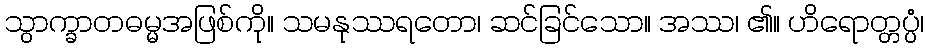
သွာက္ခာတဓမ္မအဖြစ်ကို။ သမနုဿရတော၊ ဆင်ခြင်သော။ အဿ၊ ၏။ ဟိရောတ္တပ္ပံ၊